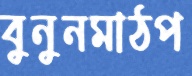
বুনুনমাঠপ